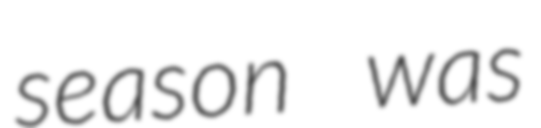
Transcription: season was